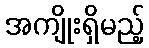
အကျိုးရှိမည့်